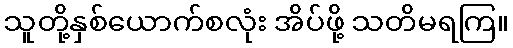
သူတို့နှစ်ယောက်စလုံး အိပ်ဖို့ သတိမရကြ။